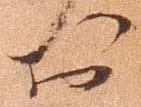
於